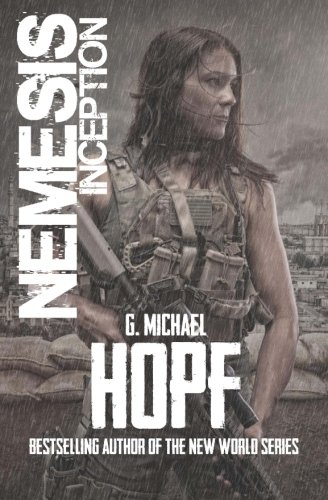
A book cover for Nemesis: Inception (Volume 1); G. Michael Hopf; Science Fiction & Fantasy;